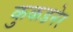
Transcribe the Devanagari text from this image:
कुकडनेर